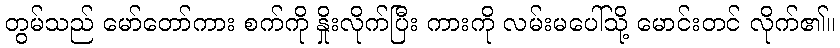
တွမ်သည် မော်တော်ကား စက်ကို နှိုးလိုက်ပြီး ကားကို လမ်းမပေါ်သို့ မောင်းတင် လိုက်၏။